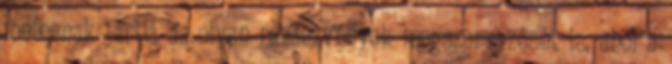
fontosnak tartja az olyan rendezvények megszervezését is, ahol a